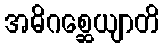
အဓိဂစ္ဆေယျာတိ